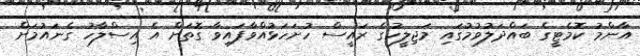
އާންމު ކޮމެޓީގެ ބައްދަލުވުމުގައި މަޖިލީހުގެ ރައީސް ހުށަހަޅުއްވާފައިވާ ގޮތަށް އެ އިސްލާހު ގެނައުމަށް